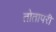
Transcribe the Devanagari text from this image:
तोतापरी